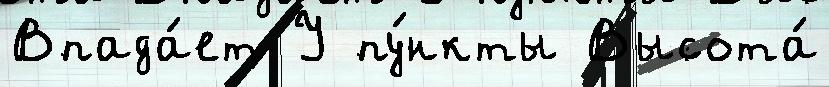
Впада́ет У пу́нкты Высота́